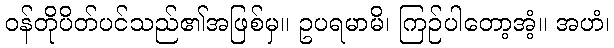
ဝန်တိုပိတ်ပင်သည်၏အဖြစ်မှ။ ဥပရမာမိ၊ ကြဉ်ပါတော့အံ့။ အဟံ၊